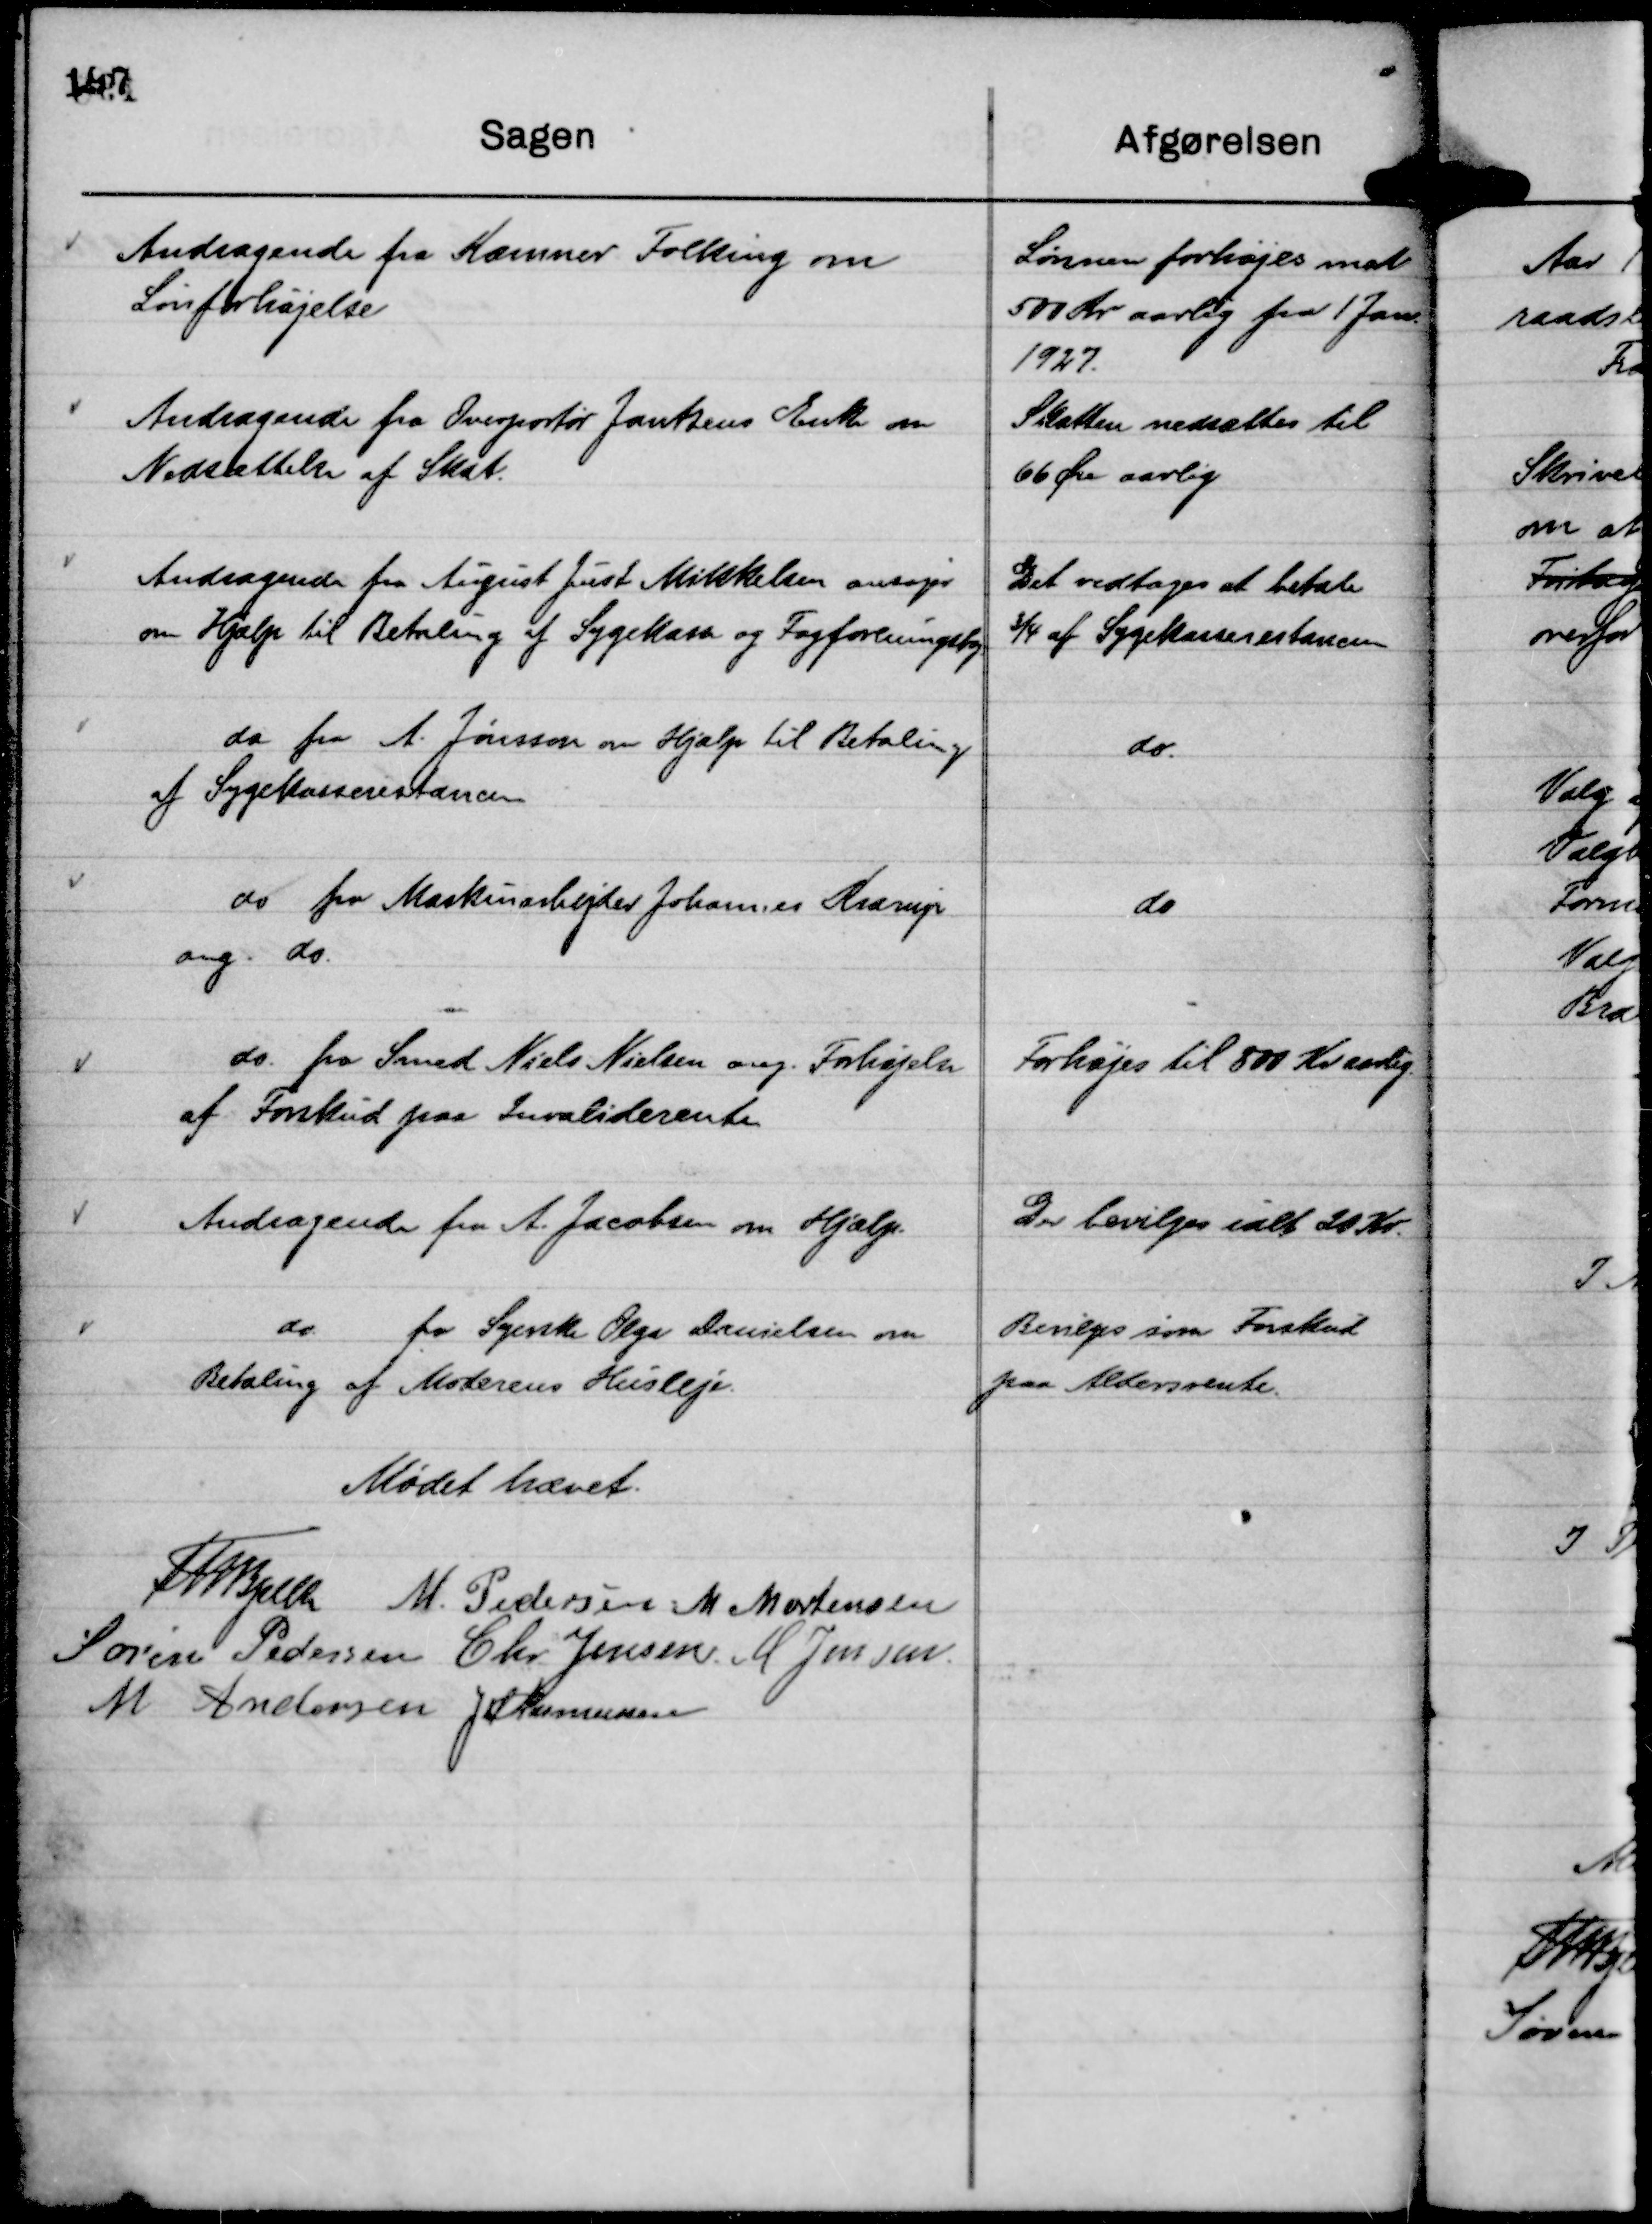
Transskription:
Andragende fra Kæmner Folking om
Lønforhøjelse

Lønnen forhøjes med
500 Kr aarlig fra 1 Jan.
1927.

Andragende fra Overportør Jantzens Enke om
Nedsættelse af Skat.

Skatten nedsættes til
66 Øre aarlig

Andragende fra August Just Mikkelsen ansøger
om Hjælp til Betaling af Sygekasse og Fagforeningskg.

Det vedtoges at betale
¾ af Sygekasserestancen

do fra A. Jønsson om Hjælp til Betaling
af Sygekasserestancen

do.

do fra Maskinarbejder Johannes Krarup
ang. do.

do

do. fra Smed Niels Nielsen ang. Forhøjelse
af Forskud paa Invaliderente

Forhøjes til 800 Kr aarlig.

Andragende fra A. Jacobsen om Hjælp.

Der bevilges ialt 20 Kr.

do.
fra Syerske Olga Danielsen om
Betaling af Moderens Husleje.

Bevilges som Forskud
paa Aldersrente.

Mødet hævet.
Th Bjelke
M. Pedersen
M Mortensen
Søren Pedersen
Chr Jensen.
M Jensen.
M Andersen
J M Rasmussen